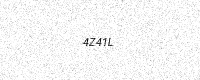
Text: 4Z41L